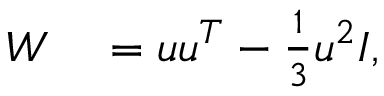
\begin{array} { r l } { \boldsymbol { W } } & { { } = \boldsymbol { u } \boldsymbol { u } ^ { T } - \frac { 1 } { 3 } \boldsymbol { u } ^ { 2 } \boldsymbol { I } , } \end{array}